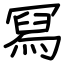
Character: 冩